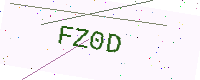
Text: FZ0D